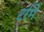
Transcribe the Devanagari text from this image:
रमि